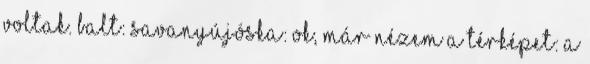
voltak. Balt: savanyújóska: Ok, már nézem a térképet: a